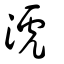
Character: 淲